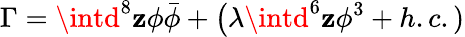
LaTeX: \Gamma=\intd^{8}\mathbf{z}\phi\bar{{\phi}}+\big(\lambda\intd^{6}\mathbf{z}{\phi}^{3}+h.c.)